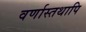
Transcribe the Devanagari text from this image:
वर्णास्तथापि